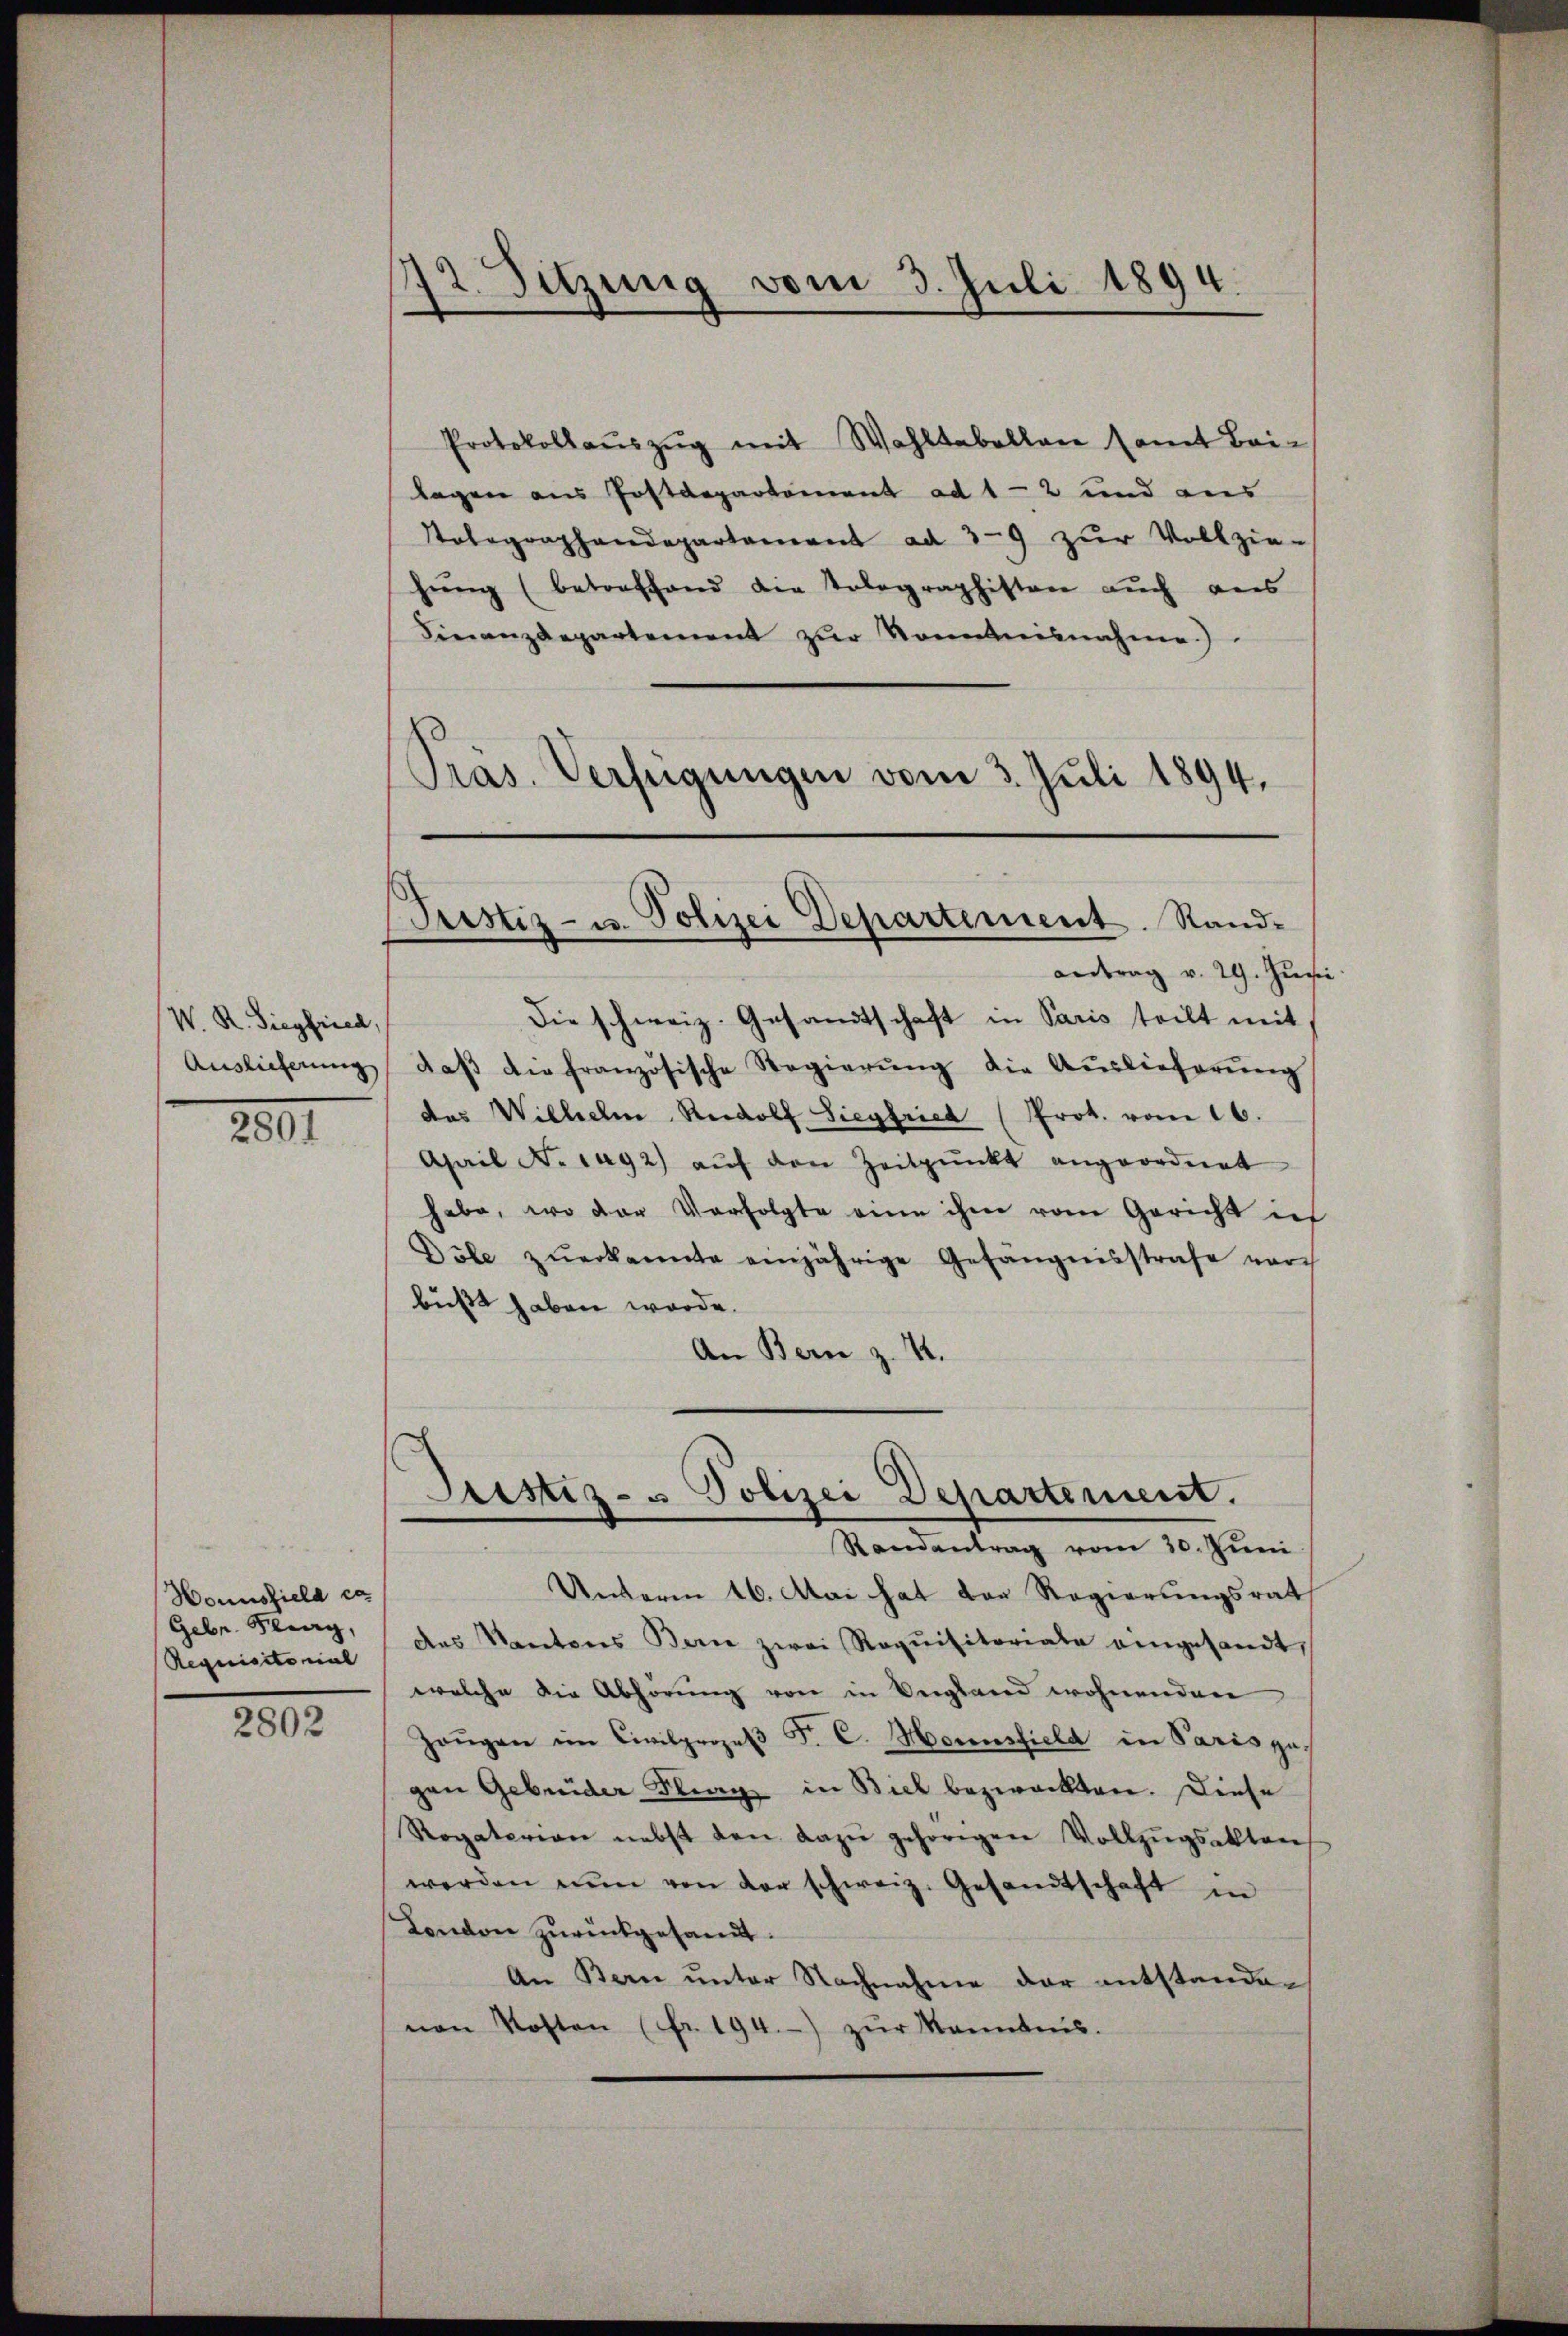
W. R. Siegfried,
Auslieferung
2001

Honnszield ex
Gebr. Berg,
Requisitorial

2802

72. Sitzung vom 3. Juli 1894.

Protokollaŭszŭg mit Wahltabellen samt Bei-
lagen aus Jostdepartement ad 1-2 und aus
Tolegraphendepartement ad 3-9 zŭr Vollzie-
hŭng (betreffend die Tolographistone auch aus
Finanzdepartement zur Kenntnisnahme)
Präs. Verfügungen vom 3. Juli 1894.

Justiz- u. Polizei Departement. Stand-
Antrag v. 29. Juni.

Justiz- u Polizei Departement.
Randantrag vom 30. Juni

Unterm 16. Mai hat der Regierungsrat
des Kantons Bern zwei Requisitoriate eingesandt,
welche die Abhörung von in Vergland wohnenden
Zeŭgen im Civilprozeβ F. C. Hornsfield in Paris zu
gen Gebrüder Frag in Biel bezweckten. Diese
Rogaterian nebst den dazŭ gehörigen Vollzŭgsakten
werden nŭn von der schweiz. Gesandtschaft in
London zurückgesandt.
An Bern ŭnter Nachnahme der entstanden
nen Kosten (fr. 194.) zŭr Kenntnis.

Die schweiz. Gesandtschaft in Paris teilt mit
daβ die französische Regierŭng die Auslieferŭng
das Wilhelm Rudolf Siegfried (Prot. vom 16.
April No 1092 aŭf den Zeitpunkt angeordnet
habe, wo der Verfolgte eine ihm vom Gericht ich
Böle zŭerkannte einjährige Gefängnisstrafe vor-
büßt haben werde.
An Bern z. 14.